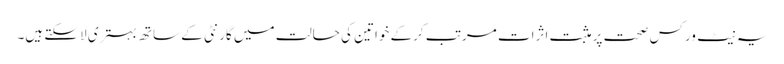
یہ نیٹ ورکس صحت پر مثبت اثرات مرتب کرکے خواتین کی حالت میں گارنٹی کے ساتھ بہتری لاسکتے ہیں۔